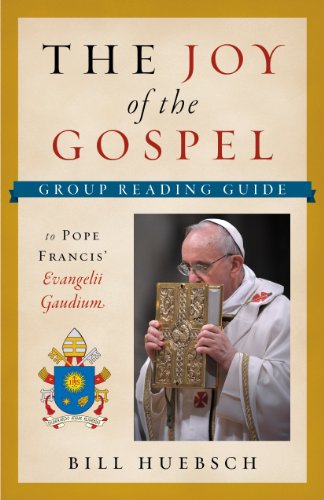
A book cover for The Joy of the Gospel: A Group Reading Guide to Pope Francis' Evangelii Gaudium; Bill Huebsch; Christian Books & Bibles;